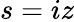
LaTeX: s=iz